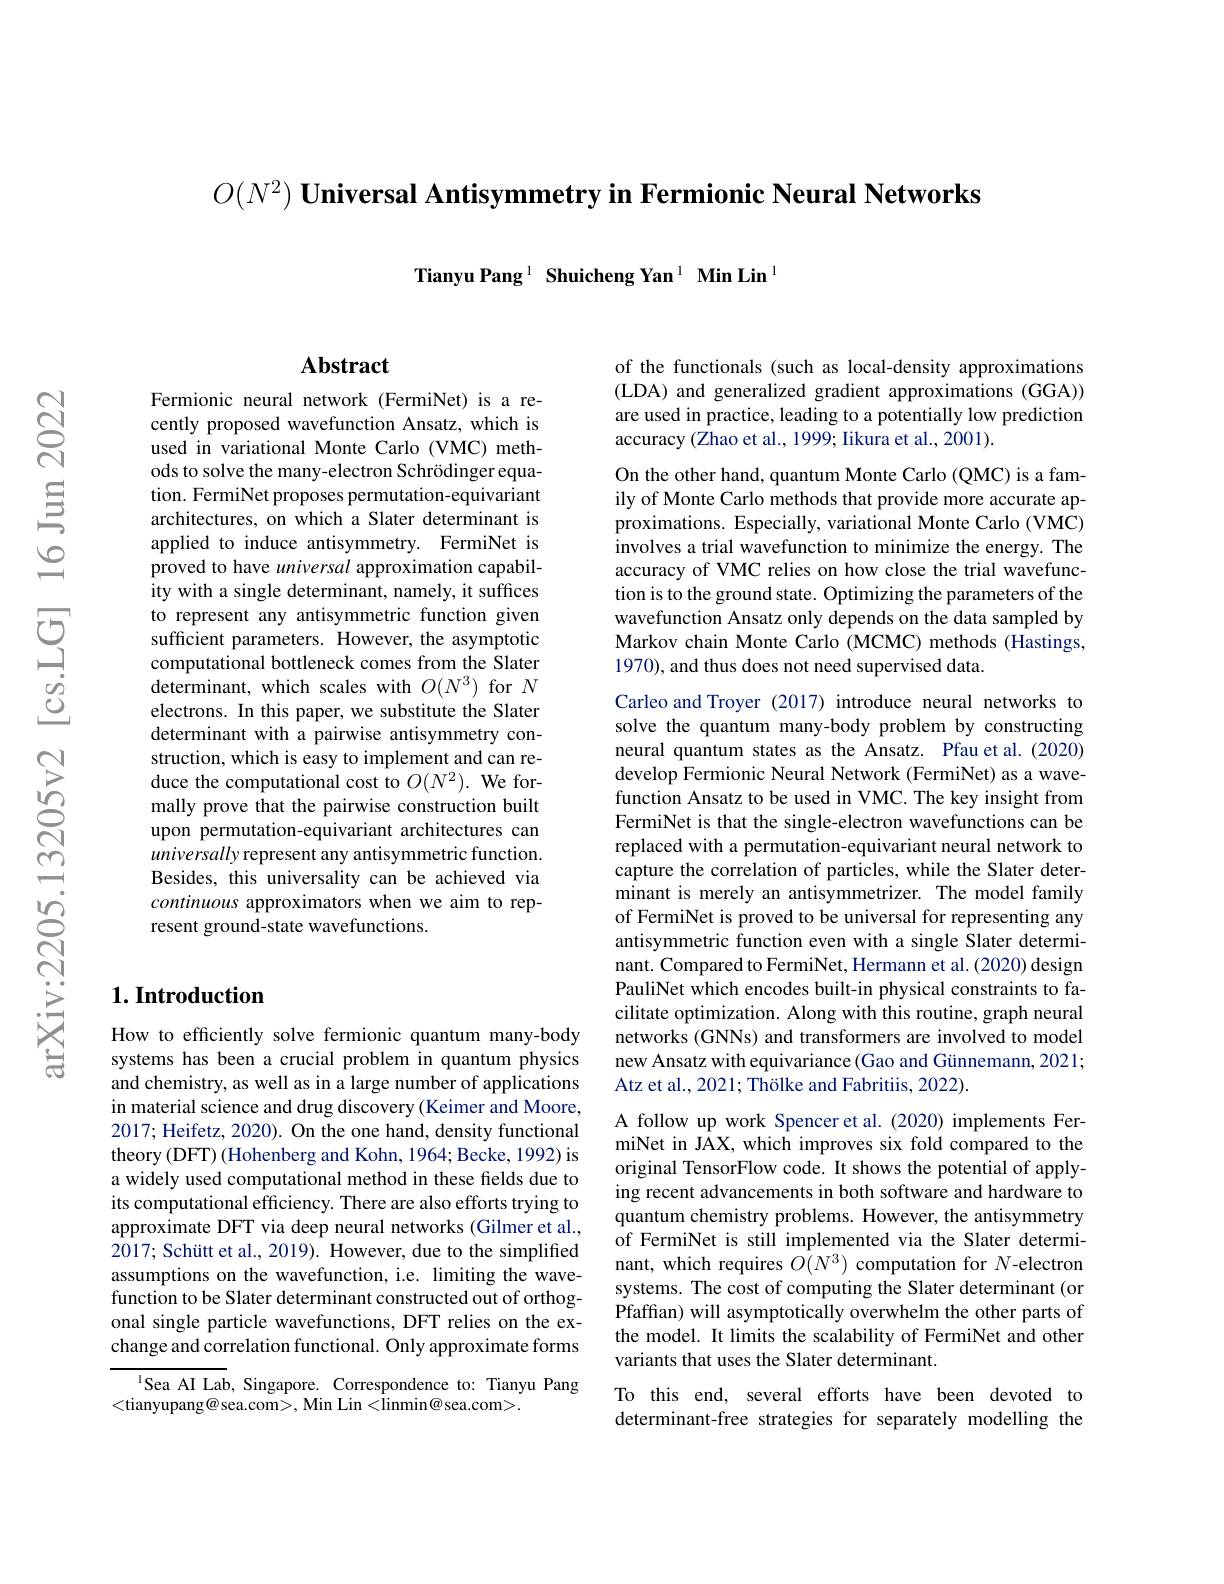
$O( N^2) \textbf{ Universal Antisymmetry in Fermionic Neural Networks}$

Tianyu Pang $^1\textbf{Shuicheng Yan}^{1}\textbf{Min Lin}^{1}$

## Abstract

Fermionic neural network (FermiNet) is a recently proposed wavefunction Ansatz, which is used in variational Monte Carlo (VMC) methods to solve the many-electron Schrödinger equation. FermiNet proposes permutation-equivariant architectures, on which a Slater determinant is applied to induce antisymmetry. FermiNet is proved to have universal approximation capability with a single determinant, namely, it suffices to represent any antisymmetric function given sufficient parameters. However, the asymptotic computational bottleneck comes from the Slater determinant, which scales with $O(N^3)$ for $N$ electrons. In this paper, we substitute the Slater determinant with a pairwise antisymmetry construction, which is easy to implement and can reduce the computational cost to $O(N^2).$ We formally prove that the pairwise construction built upon permutation-equivariant architectures can universally represent any antisymmetric function. Besides, this universality can be achieved via continuous approximators when we aim to represent ground-state wavefunctions.

## $1. \textbf{Introduction}$

How to efficiently solve fermionic quantum many-body systems has been a crucial problem in quantum physics and chemistry, as well as in a large number of applications in material science and drug discovery (Keimer and Moore, 2017; Heifetz, 2020). On the one hand, density functional theory (DFT) (Hohenberg and Kohn, 1964; Becke, 1992) is a widely used computational method in these fields due to its computational efficiency. There are also efforts trying to approximate DFT via deep neural networks (Gilmer et al., 2017; Schütt et al., 2019). However, due to the simplified assumptions on the wavefunction, i.e. limiting the wavefunction to be Slater determinant constructed out of orthogonal single particle wavefunctions, DFT relies on the exchange and correlation functional. Only approximate forms

Sea AI Lab, Singapore. Correspondence to: Tianyu Pang
<tianyupang@sea.com>, Min Lin<linmin@sea.com>.

of the functionals (such as local-density approximations (LDA) and generalized gradient approximations (GGA)) are used in practice, leading to a potentially low prediction accuracy (Zhao et al., 1999; Iikura et al., 2001).

On the other hand, quantum Monte Carlo (QMC) is a family of Monte Carlo methods that provide more accurate approximations. Especially, variational Monte Carlo (VMC) involves a trial wavefunction to minimize the energy. The accuracy of VMC relies on how close the trial wavefunction is to the ground state. Optimizing the parameters of the wavefunction Ansatz only depends on the data sampled by Markov chain Monte Carlo (MCMC) methods (Hastings, 1970), and thus does not need supervised data.

Carleo and Troyer (2017) introduce neural networks to solve the quantum many-body problem by constructing neural quantum states as the Ansatz. Pfau et al.(2020) develop Fermionic Neural Network (FermiNet) as a wavefunction Ansatz to be used in VMC. The key insight from FermiNet is that the single-electron wavefunctions can be replaced with a permutation-equivariant neural network to capture the correlation of particles, while the Slater determinant is merely an antisymmetrizer. The model family of FermiNet is proved to be universal for representing any antisymmetric function even with a single Slater determinant. Compared to FermiNet, Hermann et al. (2020) design PauliNet which encodes built-in physical constraints to facilitate optimization. Along with this routine, graph neural networks (GNNs) and transformers are involved to model new Ansatz with equivariance(Gao and Günnemann, 2021; Atz et al., 2021; Thölke and Fabritiis, 2022).

A follow up work Spencer et al.(2020) implements FermiNet in JAX, which improves six fold compared to the original TensorFlow code. It shows the potential of applying recent advancements in both software and hardware to quantum chemistry problems. However, the antisymmetry of FermiNet is still implemented via the Slater determinant, which requires $O(N^3)$ computation for $N$-electron systems. The cost of computing the Slater determinant (or Pfaffan) will asymptotically overwhelm the other parts of the model. It limits the scalability of FermiNet and other variants that uses the Slater determinant.

To this end, several efforts have been devoted to determinant-free strategies for separately modelling the